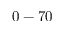
0 - 7 0